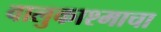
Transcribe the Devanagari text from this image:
वालुकाश्माचा